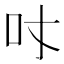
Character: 𠮼